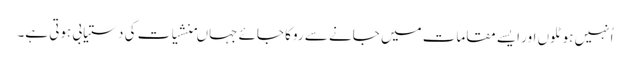
اُنہیں ہوٹلوں اور ایسے مقامات میں جانے سے روکا جائے جہاںمنشیات کی دستیابی ہوتی ہے۔